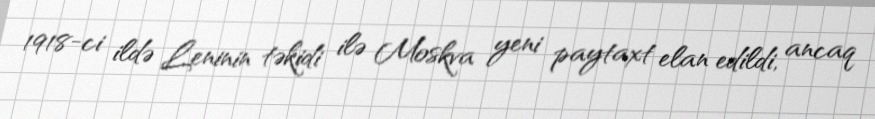
1918-ci ildə Leninin təkidi ilə Moskva yeni paytaxt elan edildi, ancaq